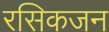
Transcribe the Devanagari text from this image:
रसिकजन